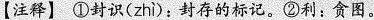
【注释】①封识（zhì）：封存的标记。②利：贪图。